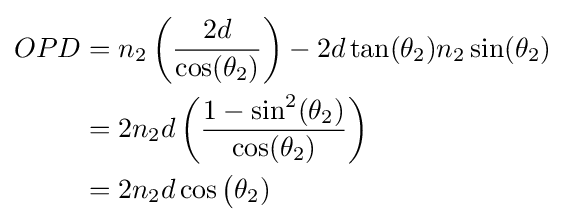
{\begin{aligned}OPD&=n_{2}\left({\frac {2d}{\cos(\theta _{2})}}\right)-2d\tan(\theta _{2})n_{2}\sin(\theta _{2})\\&=2n_{2}d\left({\frac {1-\sin ^{2}(\theta _{2})}{\cos(\theta _{2})}}\right)\\&=2n_{2}d\cos {\big (}\theta _{2})\\\end{aligned}}